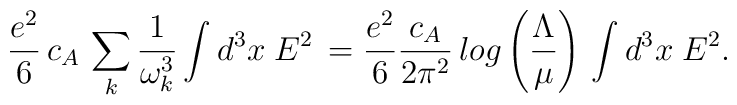
{e^2\over 6}\, c_A \,\sum_k{1\over\omega_k^3}\int d^3x\;E^2\,= {e^2\over 6} {c_A\over 2\pi^2}\,log\left({\Lambda\over\mu}\right) \,\int d^3x\;E^2.